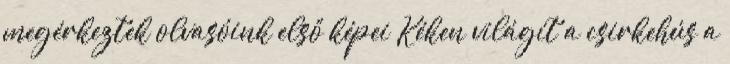
megérkeztek olvasóink első képei Kéken világít a csirkehús a